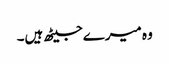
وہ میرے جیٹھ ہیں۔